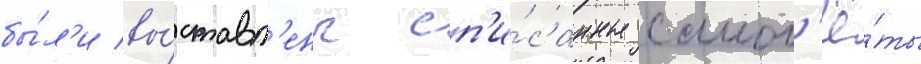
бы́л'и вы́ставл'ены сп'и́санные самол'ё́ты